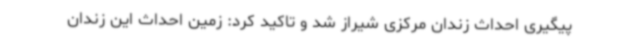
پیگیری احداث زندان مرکزی شیراز شد و تاکید کرد: زمین احداث این زندان